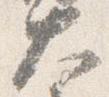
大